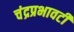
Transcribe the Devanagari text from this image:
चंद्रप्रभावटी